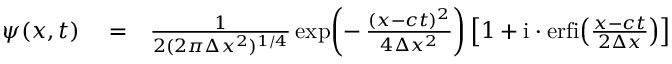
\begin{array} { r l r } { \psi ( x , t ) } & { { } = } & { \frac { 1 } { 2 ( 2 \pi \Delta x ^ { 2 } ) ^ { 1 / 4 } } \exp \! \left( - \, \frac { ( x - c t ) ^ { 2 } } { 4 \Delta x ^ { 2 } } \right) \left[ 1 + \mathrm { i } \cdot \mathrm { e r f i } \! \left( \frac { x - c t } { 2 \Delta x } \right) \right] } \end{array}